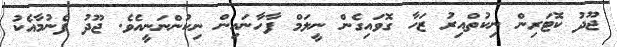
ޖޫދު ކޮޓަރިން ނިކުތްއިރު ޒަހާ ގޮވައިގެން ނީލަމް ފާހާނައިން ނިކުންނަނީއެވެ. ޖޫދު ފެނުމާއެކު